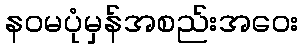
နဝမပုံမှန်အစည်းအဝေး